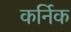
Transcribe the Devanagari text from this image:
कर्निक